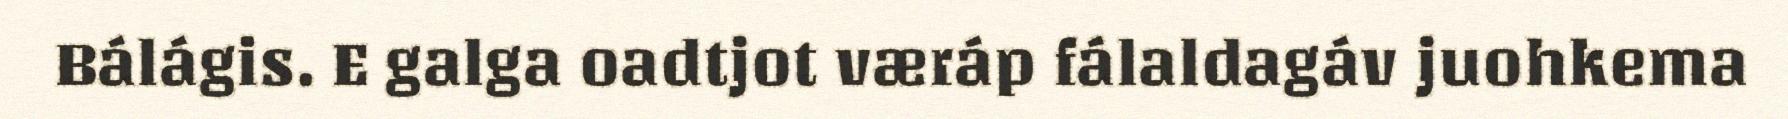
Bálágis. E galga oadtjot væráp fálaldagáv juohkema